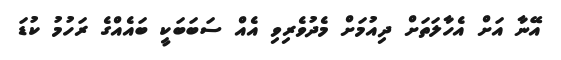
އޭނާ އަށް އެހާލަތަށް ދިއުމަށް މެދުވެރިވި އެއް ސަބަބަކީ ބައެއްގެ ރަހުމު ކުޑަ